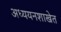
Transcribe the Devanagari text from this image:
अध्ययनशाखेत